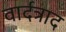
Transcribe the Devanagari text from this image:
वार्दत्राद